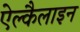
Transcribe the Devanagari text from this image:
ऐल्कैलाइन